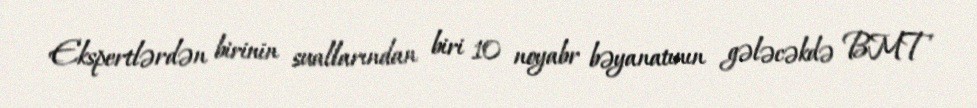
Ekspertlərdən birinin suallarından biri 10 noyabr bəyanatının gələcəkdə BMT